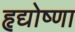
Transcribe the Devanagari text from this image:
हृद्योष्णा